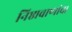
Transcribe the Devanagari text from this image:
निष्ठावाणांचा